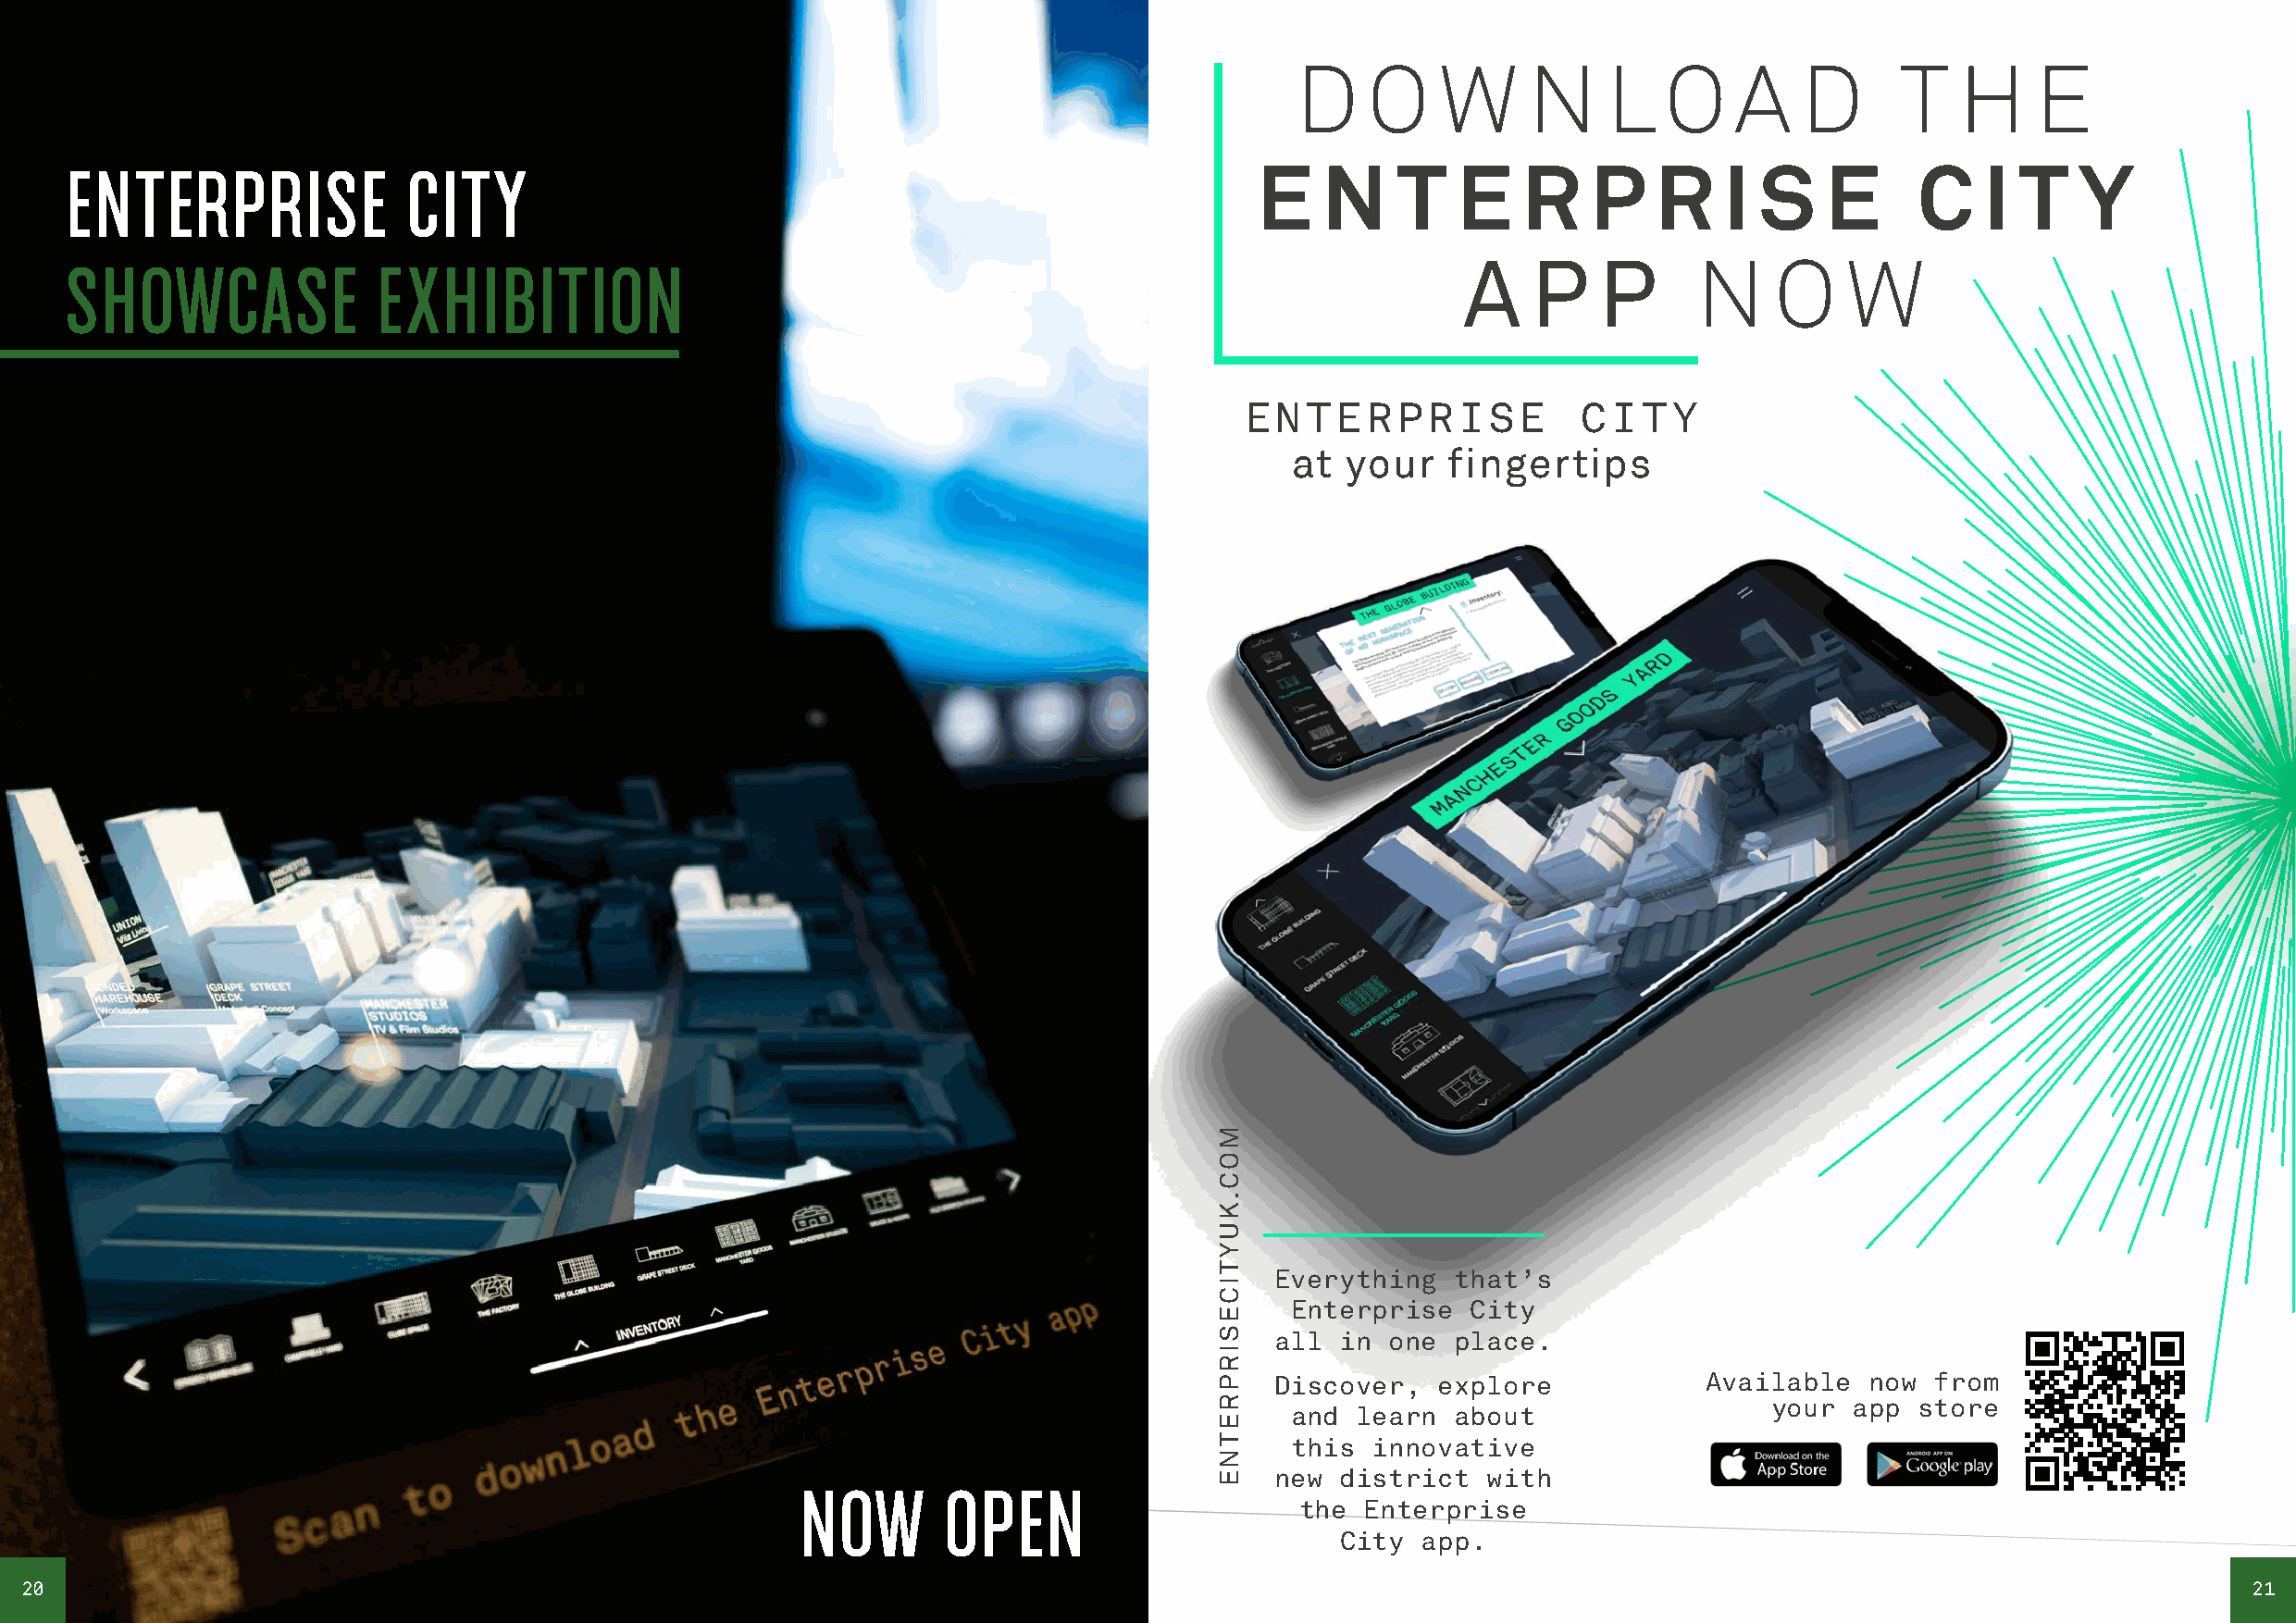
D    O    W     N     L   O    A    D      T   H     E
 ENTERPRISE              CITY
 E    N    T   E    R    P   R    I  S   E      C    I T    Y
 SHOWCASE              EXHIBITION
 A   P    P      N    O    W
 ENTERPRISE              CITY
 at  your    fingertips
 Everything   that’s
 Enterprise   City
 all  in one  place.
 Discover,   explore            Available   now from
 your  app store
 and  learn  about
 this  innovative
 NOW       OPEN                    new  district  with
 the  Enterprise
 City  app.
 20                                                                                                                                                              21
 MOC.KUYTICESIRPRETNE